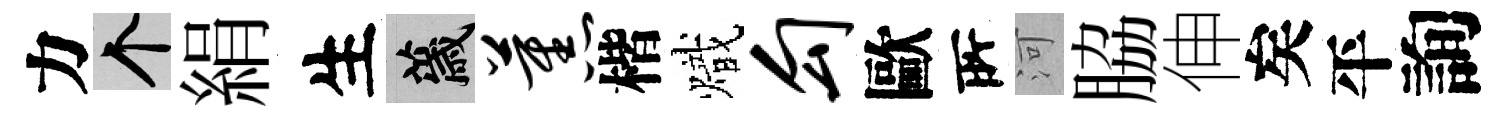
力个絹生薉蕉楷熾勾歐𠩄河脇伸矣平詢